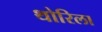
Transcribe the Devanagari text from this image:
थोरिला